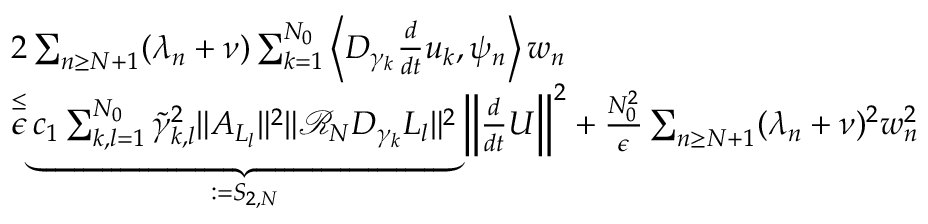
\begin{array} { r l } & { 2 \sum _ { n \geq N + 1 } ( \lambda _ { n } + \nu ) \sum _ { k = 1 } ^ { N _ { 0 } } \left< D _ { \gamma _ { k } } \frac { d } { d t } u _ { k } , \psi _ { n } \right> w _ { n } } \\ & { \overset { \leq } \epsilon \underbrace { c _ { 1 } \sum _ { k , l = 1 } ^ { N _ { 0 } } \tilde { \gamma } _ { k , l } ^ { 2 } \Vert A _ { L _ { l } } \Vert ^ { 2 } \Vert \mathcal { R } _ { N } D _ { \gamma _ { k } } L _ { l } \Vert ^ { 2 } } _ { : = S _ { 2 , N } } \left\Vert \frac { d } { d t } U \right\Vert ^ { 2 } + \frac { N _ { 0 } ^ { 2 } } { \epsilon } \sum _ { n \geq N + 1 } ( \lambda _ { n } + \nu ) ^ { 2 } w _ { n } ^ { 2 } } \end{array}